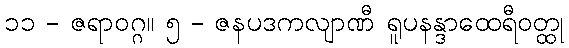
၁၁ - ဇရာဝဂ္ဂ။ ၅ - ဇနပဒကလျာဏီ ရူပနန္ဒာထေရီဝတ္ထု